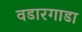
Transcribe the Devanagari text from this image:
वडारगाडा